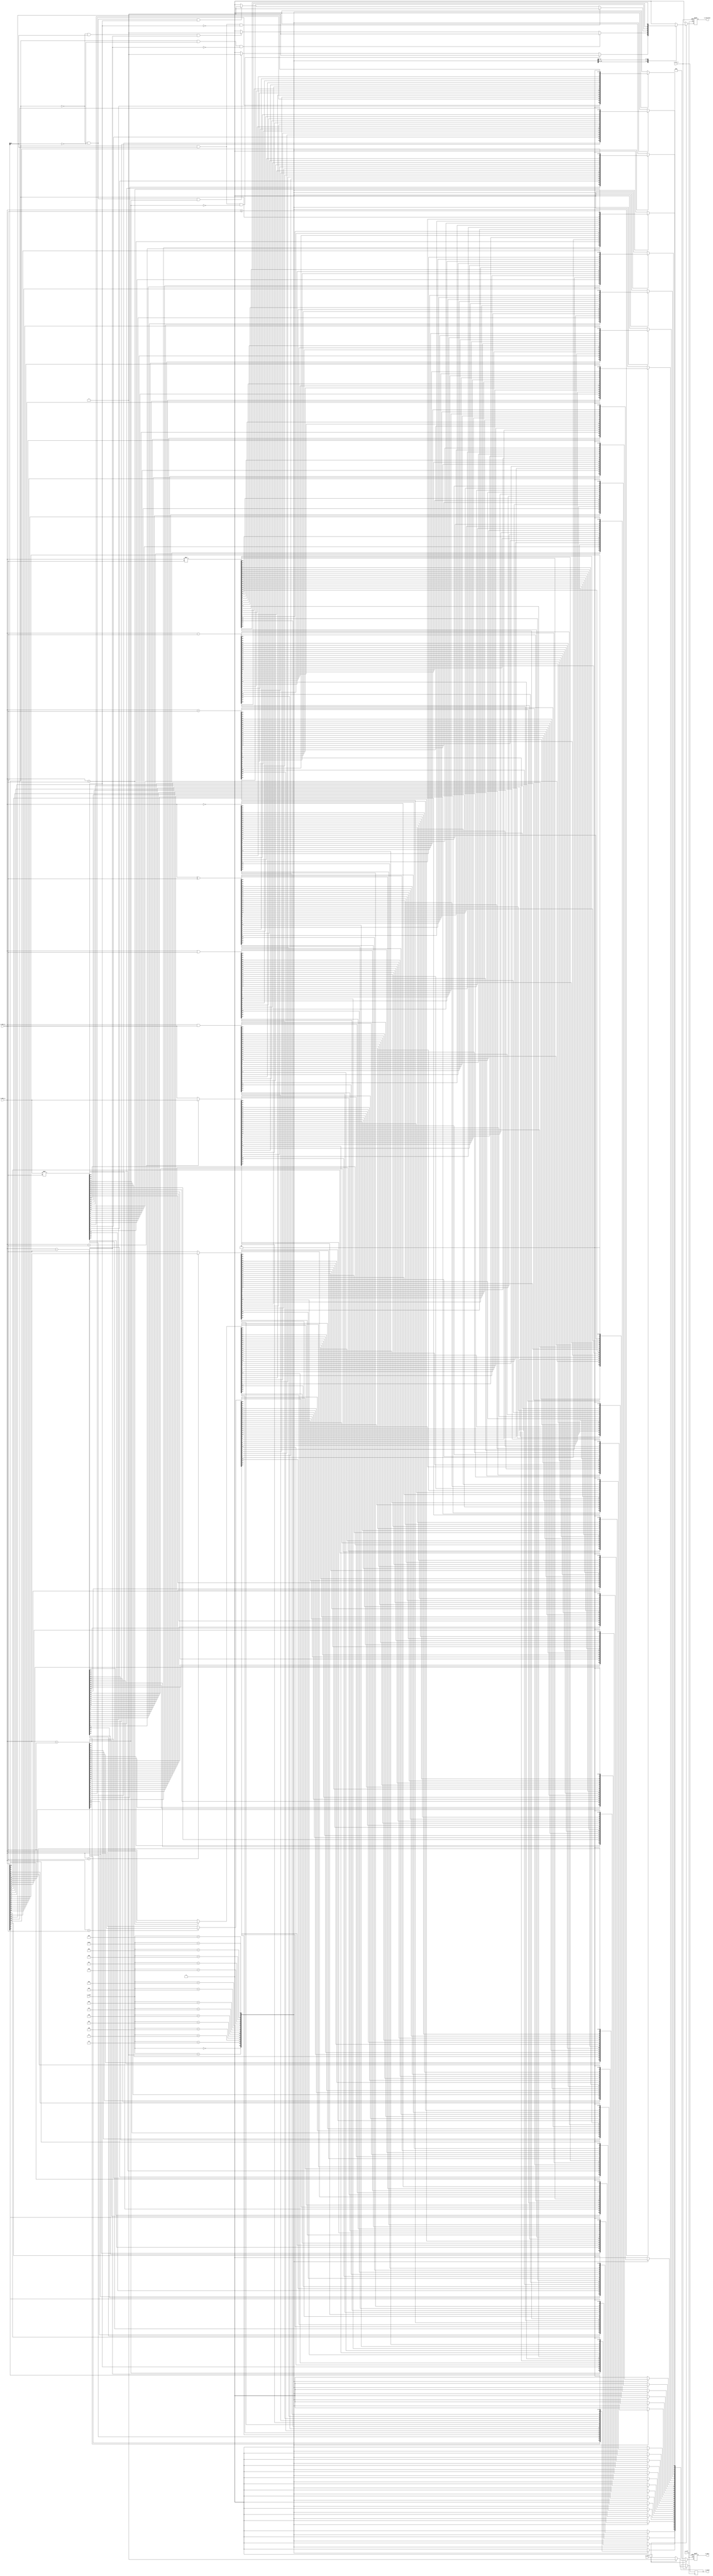
module alu #(
    parameter DATA_WIDTH = 32,
    parameter INST_WIDTH = 5
)(
    input                   i_clk,
    input                   i_rst_n,
    input  [DATA_WIDTH-1:0] i_data_a,
    input  [DATA_WIDTH-1:0] i_data_b,
    input  [INST_WIDTH-1:0] i_inst,
    input                   i_valid,
    output [DATA_WIDTH-1:0] o_data,
    output                  o_overflow,
    output                  o_valid
);

    // homework
    // wires and registers;
    reg [DATA_WIDTH-1:0] o_data_r, o_data_w;
    reg                  o_overflow_r, o_overflow_w;
    reg                  o_valid_r, o_valid_w;
    
    reg signed [DATA_WIDTH-1:0] signed_data_a, signed_data_b;
    
    integer i;

    // continuous assignment
    assign o_data = o_data_r;
    assign o_overflow = o_overflow_r;
    assign o_valid = o_valid_r;
    
    // combinational part
    always @(*) begin
        if (i_valid) begin
            case (i_inst)
                // signed add
                5'd0: begin
                    signed_data_a = i_data_a;
                    signed_data_b = i_data_b;
                    o_data_w = signed_data_a + signed_data_b;
                    o_overflow_w = 0;
                    if(signed_data_a[DATA_WIDTH-1] == 0 && signed_data_b[DATA_WIDTH-1] == 0 && o_data_w[DATA_WIDTH-1] == 1)
                        o_overflow_w = 1;
                    if(signed_data_a[DATA_WIDTH-1] == 1 && signed_data_b[DATA_WIDTH-1] == 1 && o_data_w[DATA_WIDTH-1] == 0)
                        o_overflow_w = 1;
                    o_valid_w = 1;
                end
                // signed sub
                5'd1: begin
                    signed_data_a = i_data_a;
                    signed_data_b = i_data_b;
                    o_data_w = signed_data_a - signed_data_b;
                    o_overflow_w = 0;
                    if(signed_data_a[DATA_WIDTH-1] == 0 && signed_data_b[DATA_WIDTH-1] == 1 && o_data_w[DATA_WIDTH-1] == 1)
                        o_overflow_w = 1;
                    if(signed_data_a[DATA_WIDTH-1] == 1 && signed_data_b[DATA_WIDTH-1] == 0 && o_data_w[DATA_WIDTH-1] == 0)
                        o_overflow_w = 1;
                    o_valid_w = 1;
                end
                // signed mul
                5'd2: begin
                    signed_data_a = i_data_a;
                    signed_data_b = i_data_b;
                    o_data_w = signed_data_a * signed_data_b;
                    o_overflow_w = 0;
                    if(signed_data_a[DATA_WIDTH-1] == 0 && signed_data_b[DATA_WIDTH-1] == 0 && o_data_w[DATA_WIDTH-1] == 1)
                        o_overflow_w = 1;
                    if(signed_data_a[DATA_WIDTH-1] == 1 && signed_data_b[DATA_WIDTH-1] == 1 && o_data_w[DATA_WIDTH-1] == 0)
                        o_overflow_w = 1;
                    o_valid_w = 1;
                end
                // signed max
                5'd3: begin
                    signed_data_a = i_data_a;
                    signed_data_b = i_data_b;
                    o_data_w = (signed_data_a > signed_data_b)? signed_data_a : signed_data_b;
                    o_overflow_w = 0;
                    o_valid_w = 1;
                end
                // signed min
                5'd4: begin
                    signed_data_a = i_data_a;
                    signed_data_b = i_data_b;
                    o_data_w = (signed_data_a < signed_data_b)? signed_data_a : signed_data_b;
                    o_overflow_w = 0;
                    o_valid_w = 1;
                end
                // unsigned add
                5'd5: begin
                    {o_overflow_w, o_data_w} = i_data_a + i_data_b;
                    o_valid_w = 1;
                end
                // unsigned sub
                5'd6: begin
                    {o_overflow_w, o_data_w} = i_data_a - i_data_b;
                    o_valid_w = 1;
                end
                // signed mul
                5'd7: begin
                    {o_overflow_w, o_data_w} = i_data_a * i_data_b;
                    o_valid_w = 1;
                end
                // unsigned max
                5'd8: begin
                    o_data_w = (i_data_a > i_data_b)? i_data_a : i_data_b;
                    o_overflow_w = 0;
                    o_valid_w = 1;
                end
                // unsigned min
                5'd9: begin
                    o_data_w = (i_data_a < i_data_b)? i_data_a : i_data_b;
                    o_overflow_w = 0;
                    o_valid_w = 1;
                end
                // and
                5'd10: begin
                    o_data_w = i_data_a & i_data_b;
                    o_overflow_w = 0;
                    o_valid_w = 1;
                end
                // or
                5'd11: begin
                    o_data_w = i_data_a | i_data_b;
                    o_overflow_w = 0;
                    o_valid_w = 1;
                end
                // xor
                5'd12: begin
                    o_data_w = i_data_a ^ i_data_b;
                    o_overflow_w = 0;
                    o_valid_w = 1;
                end
                // bitflip
                5'd13: begin
                    o_data_w = ~i_data_a;
                    o_overflow_w = 0;
                    o_valid_w = 1;
                end
                // bitreverse
                5'd14: begin
                    for(i = 0; i < DATA_WIDTH; i = i + 1)
                        o_data_w[i] = i_data_a[DATA_WIDTH-1-i];
                    o_overflow_w = 0;
                    o_valid_w = 1;
                end
                // signed LT (<)
                5'd15: begin
                    signed_data_a = i_data_a;
                    signed_data_b = i_data_b;
                    o_data_w = (signed_data_a < signed_data_b);
                    o_overflow_w = 0;
                    o_valid_w = 1;
                end
                // signed GE (>=)
                5'd16: begin
                    signed_data_a = i_data_a;
                    signed_data_b = i_data_b;
                    o_data_w = (signed_data_a >= signed_data_b);
                    o_overflow_w = 0;
                    o_valid_w = 1;
                end
                default: begin
                    o_overflow_w = 0;
                    o_data_w = 0;
                    o_valid_w = 1;
                end
            endcase
        end else begin
            o_overflow_w = 0;
            o_data_w = 0;
            o_valid_w = 0;
        end
    end

    // sequential part
    always @(posedge i_clk or negedge i_rst_n) begin
        // if i_rst_n = 0, then reset
        if (~i_rst_n) begin
            o_data_r <= 0;
            o_overflow_r <= 0;
            o_data_r <= 0;
        end else begin
            o_data_r <= o_data_w;
            o_overflow_r <= o_overflow_w;
            o_valid_r <= o_valid_w;
        end
    end
    

endmodule